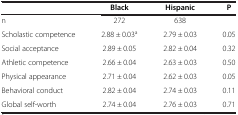
|  | Black | Hispanic | P |
 | --- | --- | --- | --- |
 | n | 272 | 638 |  |
 | Scholastic competence | 2.88 ± 0.03a | 2.79 ± 0.03 | 0.05 |
 | Social acceptance | 2.89 ± 0.05 | 2.82 ± 0.04 | 0.32 |
 | Athletic competence | 2.66 ± 0.04 | 2.63 ± 0.03 | 0.50 |
 | Physical appearance | 2.71 ± 0.04 | 2.62 ± 0.03 | 0.05 |
 | Behavioral conduct | 2.82 ± 0.04 | 2.74 ± 0.03 | 0.11 |
 | Global self-worth | 2.74 ± 0.04 | 2.76 ± 0.03 | 0.71 |